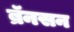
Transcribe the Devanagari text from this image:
ब्रॅनसन